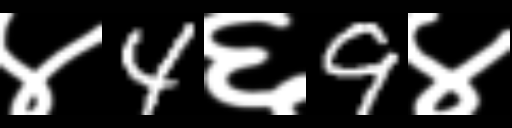
Text: ४4६9४